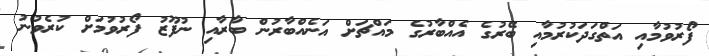
ފޯރުވުމާއި އަތްގަދަކުރުމާއި ބޭރުގެ އެއްބާރުގެ މައްޗަށް އަނެއްބާރުން ބާރާއި ނުފޫޒު ފޯރުވުމަށް ކުރެވުނު